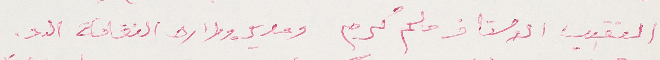
النقيب الاستاذ ملحم كرم ومدير وزاره الثقافة الد.